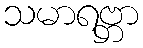
သမာရဗ္ဘာ